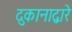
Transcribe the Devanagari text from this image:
दुकानाद्वारे